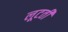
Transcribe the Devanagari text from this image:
लूटतीं